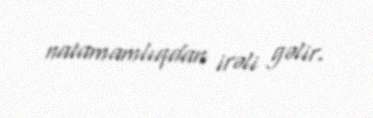
natamamlıqdan irəli gəlir.